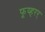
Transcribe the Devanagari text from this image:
फूय्हरर्